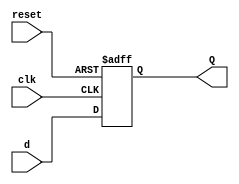
module register (d, clk, reset, Q);
	input [15:0] d;
	input clk, reset;
	
	output reg [15:0] Q;
	
	always @ (posedge clk or negedge reset) begin
		if (!reset)
			Q <= 16'b0;
		else
			Q <= d;
		end
endmodule